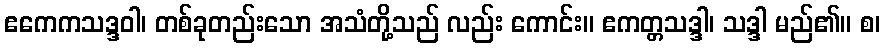
ဧကေကသဒ္ဒဝါ၊ တစ်ခုတည်းသော အသံတို့သည် လည်း ကောင်း။ ဧကတ္တသဒ္ဒါ၊ သဒ္ဒါ မည်၏။ စ၊